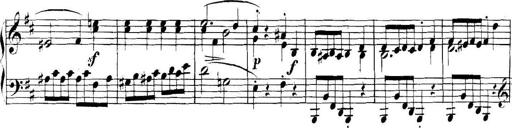
Title: Collected Piano Sonatas
Composer: Muzio Clementi